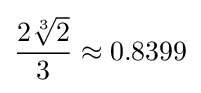
{\frac {2{\sqrt[{3}]{2}}}{3}}\approx 0.8399